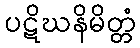
ပဋိဃနိမိတ္တံ